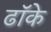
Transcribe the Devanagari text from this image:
ढॉके